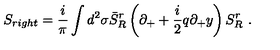
S _ { r i g h t } = \frac i \pi \int d ^ { 2 } \sigma \bar { S } _ { R } ^ { r } \left( \partial _ { + } + \frac i 2 q \partial _ { + } y \right) S _ { R } ^ { r } \ .